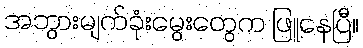
အဘွားမျက်ခုံးမွေးတွေက ဖြူနေပြီ။